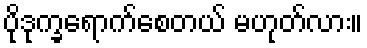
ပိုဒုက္ခရောက်စေတယ် မဟုတ်လား။